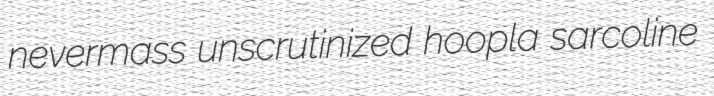
nevermass unscrutinized hoopla sarcoline